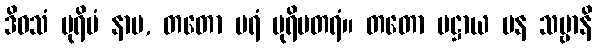
ဒိဝသံ ပုရိမံ နာမ, တတော ပရံ ပုရိမတရံ။ တတော ပဋ္ဌာယ ပန သဗ္ဗာနိ